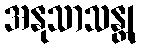
အနုသာသန္တု